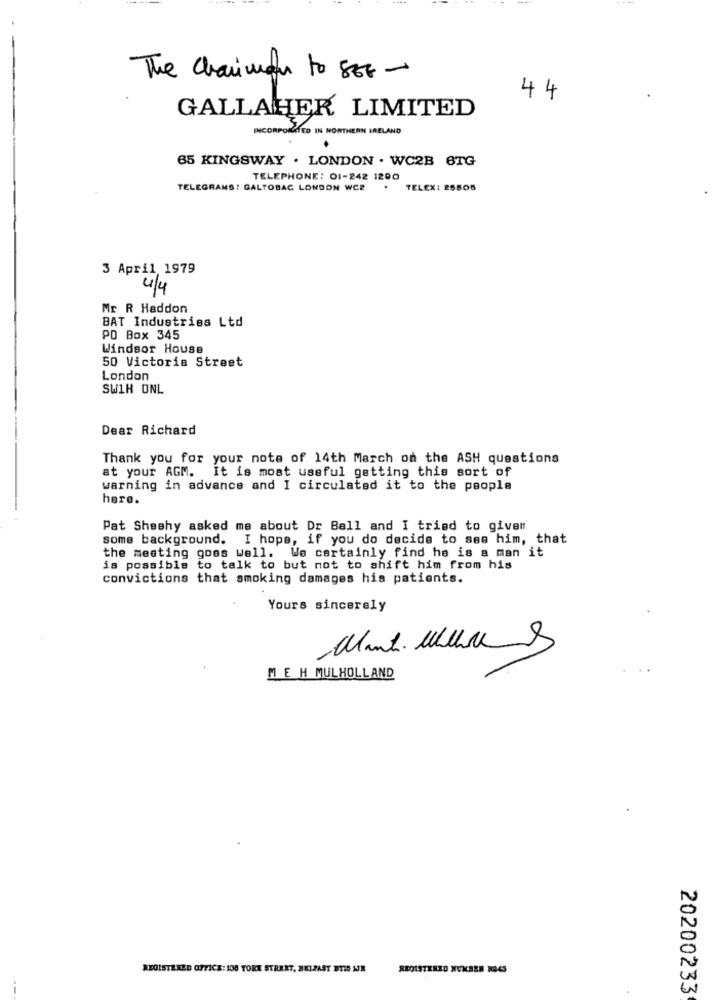
The Chariman to SE -
44
GALLAHER LIMITED
INCORPORATED IN NORTHERN IRELAND
3/
65 KINGSWAY . LONDON . WC2B 6TG
TELEPHONE: 01-242 1200
TELEGRAMS: GALTOBAC LONDON WCZ
.
TELEX: 25805
3 April 1979
4/4
Mr R Haddon
BAT Industries Ltd
PO Box 345
Windsor House
50 Victoria Street
London
SWIR ONL
Dear Richard
Thank you for your note of 14th March on the ASH questions
at your AGM. It is most useful getting this sort of
warning in advance and I circulated it to the people
here.
Pat Sheehy asked me about Dr Ball and I tried to givem
some background. I hope, if you do decide to see him, that
the meeting goes well. We certainly find he is a man it
is possible to talk to but not to shift him from his
convictions that smoking damages his patients.
Yours sincerely
ME H MULHOLLAND
REGISTERED OFFICE: 100 YORK STRART, BELFAST ETID WJE
REGISTERED NUKBEN RO4S
--
20200233